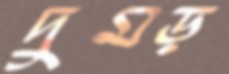
দুমড়